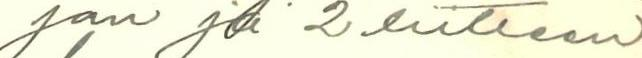
jan ja 2 liitteen